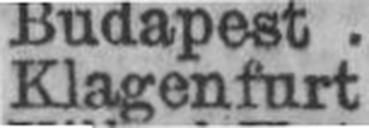
Klagenfurt